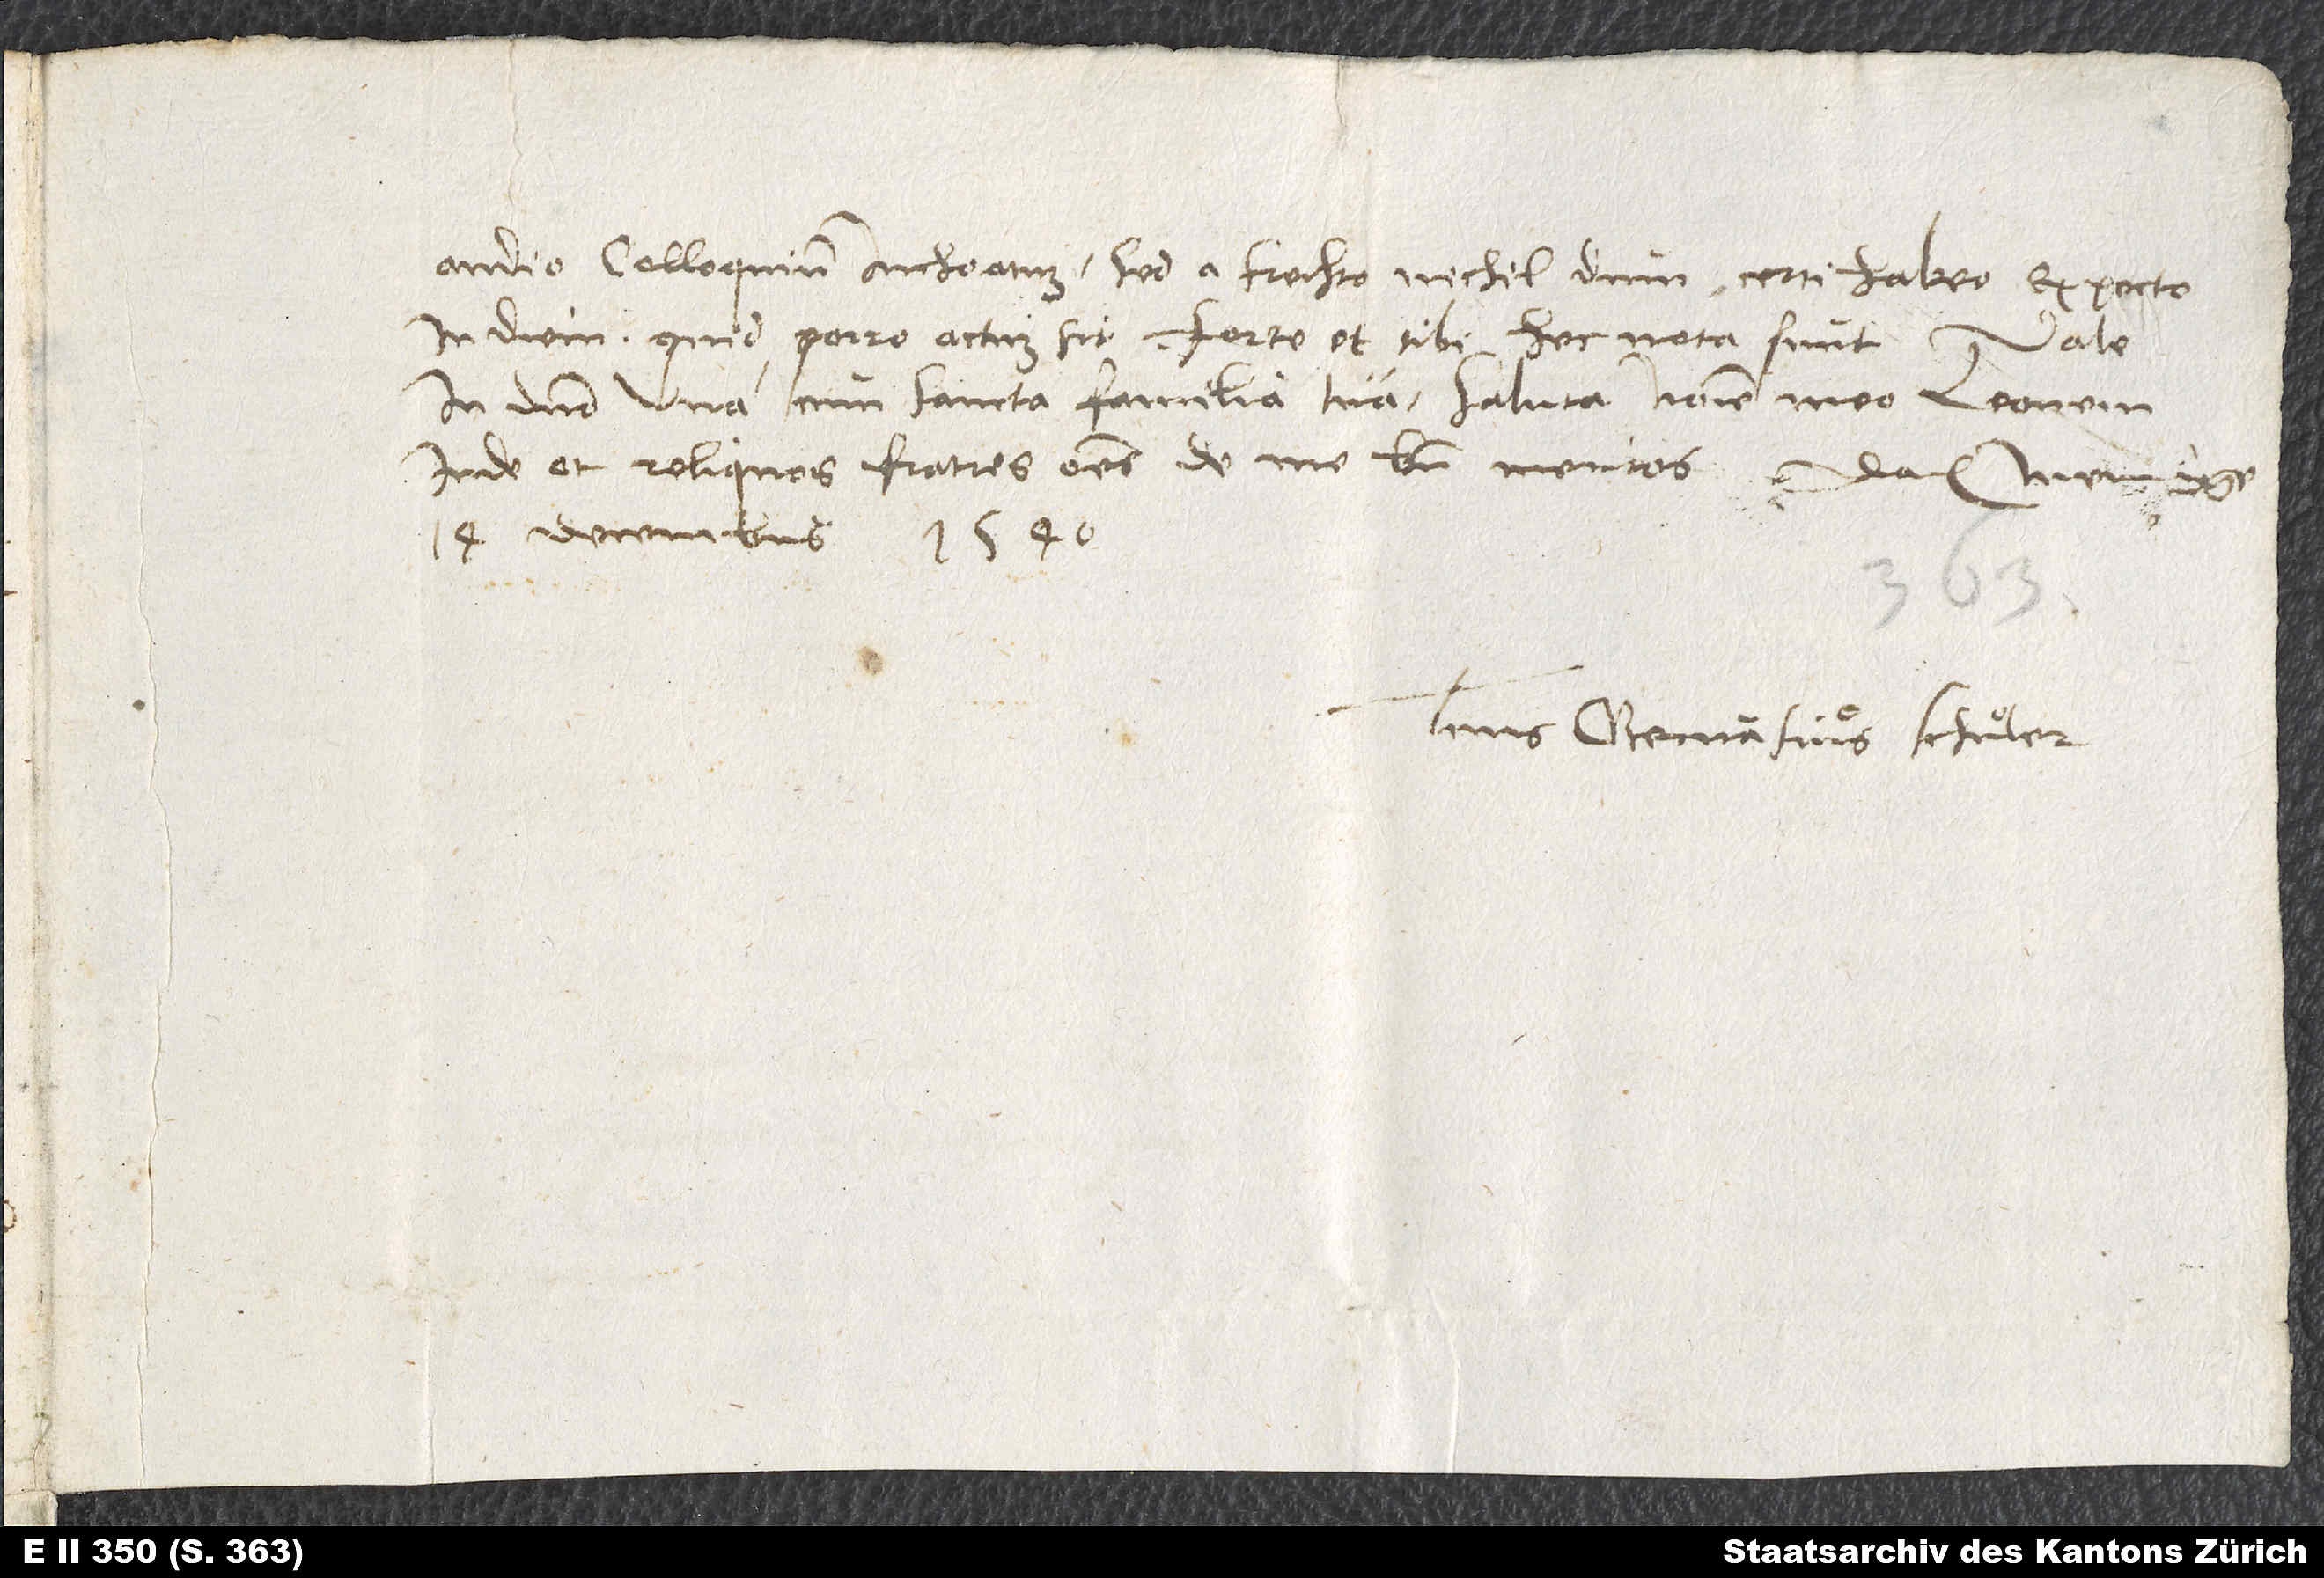
audio colloquium inchoatum, sed a Frechto nichil dum certi habeo. Expecto
in diem, quid porro actum sit. Forte et tibi hec nota sunt.
Vale
in domino una cum sancta familia tua. Saluta nomine meo Leonem
Iude et reliquos fratres omnes de me bene meritos. Datum
14. decembris 1540.
Tuus Gervasius Schuͦler.